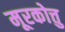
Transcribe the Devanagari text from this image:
मूरकोत्तु